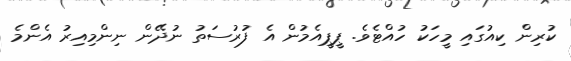
ކުރިން ކިއުގައި މީހަކު ހުއްޓެވެ. ޕީޕީއެމުން އެ ފުރުސަތު ނުދޭން ނިންމިއިރު އެންމެ